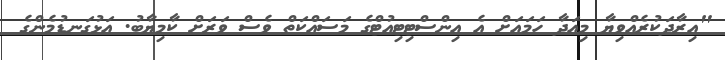
"އިރާދަކުރެއްވިޔާ މިއަދާ ހަމައަށް އެ އިންސްޓިޓިއުޓްގެ މަސައްކަތް ވެސް ވަރަށް ކާމިޔާބު. އަޅުގަނޑުމެންގެ